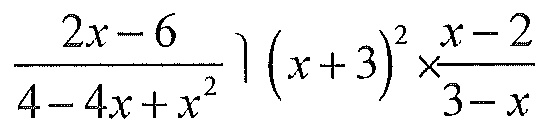
\(\frac{2x - 6}{4 - 4x + x^{2}}\big\rvert(x + 3)^{2}\times\frac{x - 2}{3 - x}\)